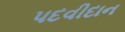
પદવીદાન